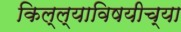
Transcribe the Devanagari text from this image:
किल्ल्याविषयीच्या